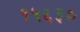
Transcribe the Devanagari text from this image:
१५६३०